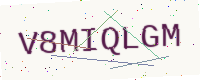
Text: V8MIQLGM